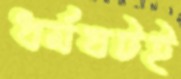
ধর্মঘটই